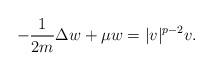
LaTeX: \begin{align*}-\frac{1}{2m} \Delta w + \mu w = |v|^{p-2}v.\end{align*}